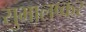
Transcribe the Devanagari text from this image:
सुभालष्कर